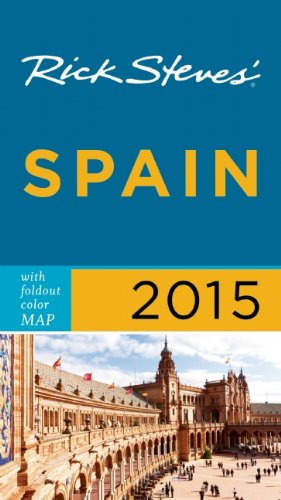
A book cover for Rick Steves Spain 2015; Rick Steves; Travel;